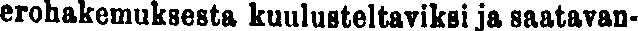
erohakemuksesta kuulusteltaviksi ja saatavan-